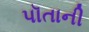
પૉતાની